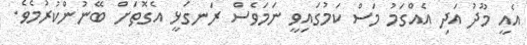
އެއީ މޫދު އަދި އެއްގަމު މަސް ކަމުގައިވީ ނަަމަވެސް ރަނގަޅީ އެގޮތަށް ބޭނުންކުރުމެެވެ.